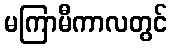
မကြာမီကာလတွင်